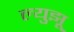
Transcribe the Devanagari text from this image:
ल्युझू